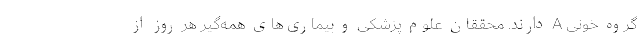
گروه خونی A دارند. محققان علوم پزشکی و بیماری‌های همه‌گیر هر روز از